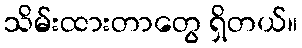
သိမ်းထားတာတွေ ရှိတယ်။